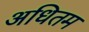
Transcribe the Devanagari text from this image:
अधितम